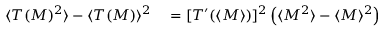
\begin{array} { r l } { \langle T ( M ) ^ { 2 } \rangle - \langle T ( M ) \rangle ^ { 2 } } & { { } = [ T ^ { \prime } ( \langle M \rangle ) ] ^ { 2 } \left( \langle M ^ { 2 } \rangle - \langle M \rangle ^ { 2 } \right) } \end{array}